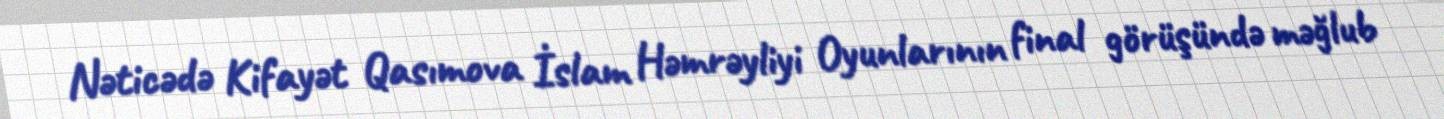
Nəticədə Kifayət Qasımova İslam Həmrəyliyi Oyunlarının final görüşündə məğlub